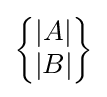
{\textstyle {\begin{Bmatrix}|A|\\|B|\end{Bmatrix}}}